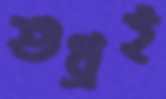
শুধ্‌রই